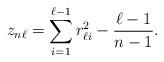
LaTeX: \begin{align*}z_{n\ell}=\sum^{\ell-1}_{i=1}r_{\ell i}^2-\frac{\ell-1}{n-1}.\end{align*}